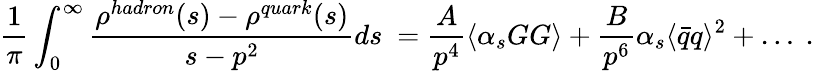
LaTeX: \frac 1{\pi}\int_{0}^{\infty}{\frac{\rho^{hadron}(s)-\rho^{quark}(s)}{s-p^{2}}}ds\ =\frac{A}{p^{4}}\langle\alpha_{s}GG\rangle+\frac{B}{p^{6}}\alpha_{s}\langle\bar{q}q\rangle^{2}+\ldots\ .